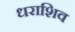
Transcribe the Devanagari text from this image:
धराशिव